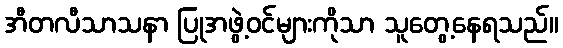
အီတလီသာသနာ ပြုအဖွဲ့ဝင်များကိုသာ သူတွေ့နေရသည်။